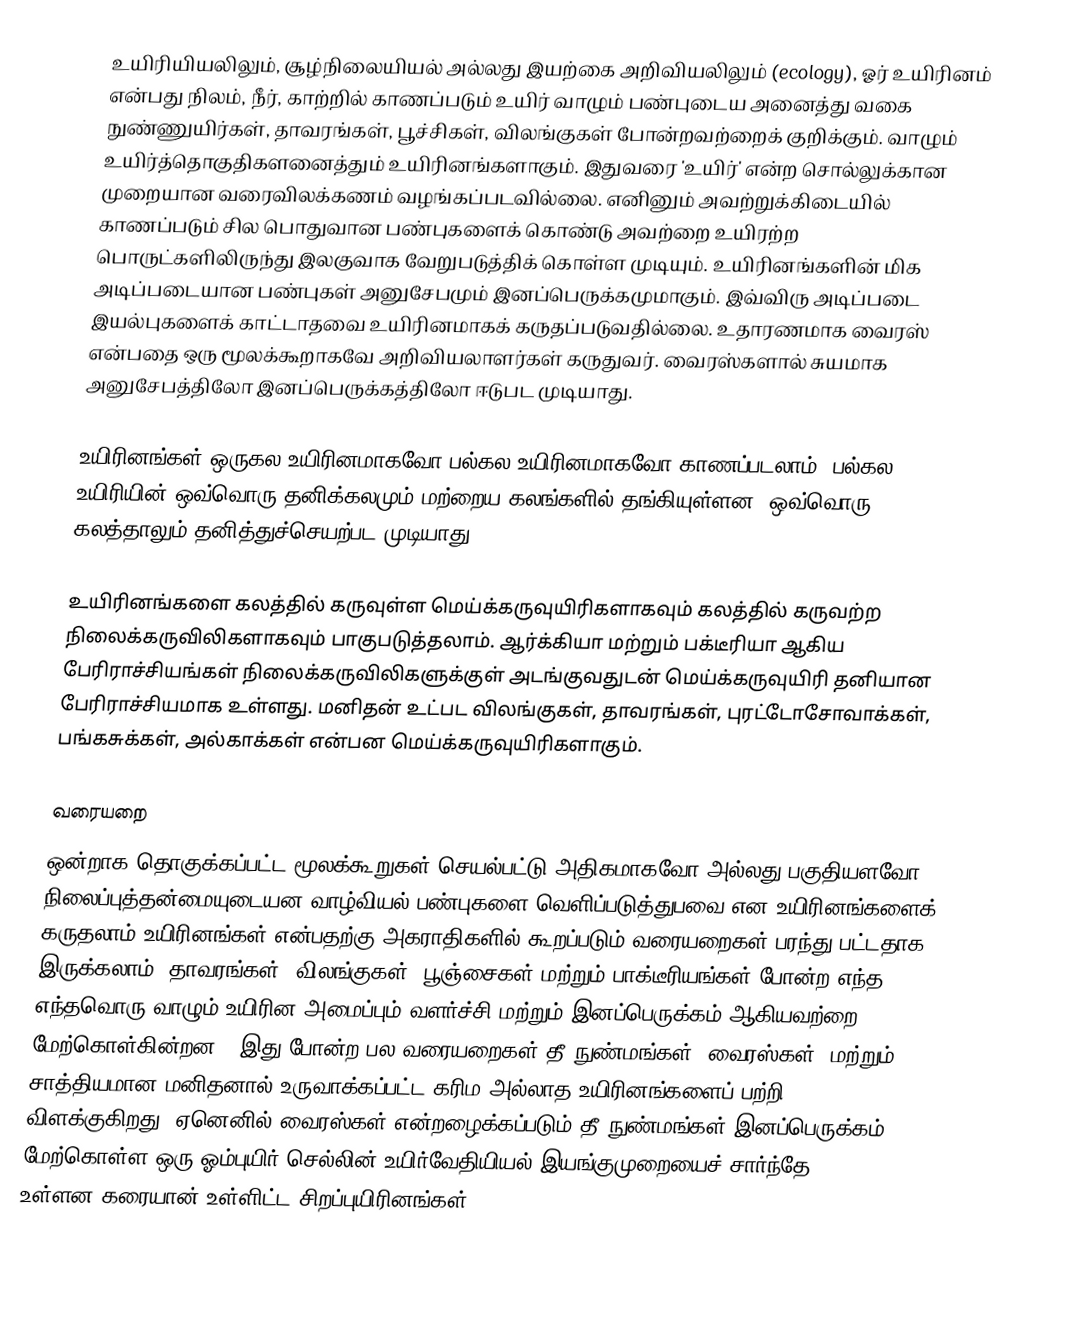
உயிரியியலிலும், சூழ்நிலையியல் அல்லது இயற்கை அறிவியலிலும் (ecology), ஓர் உயிரினம் என்பது நிலம், நீர், காற்றில் காணப்படும் உயிர் வாழும் பண்புடைய அனைத்து வகை நுண்ணுயிர்கள், தாவரங்கள், பூச்சிகள், விலங்குகள் போன்றவற்றைக் குறிக்கும். வாழும் உயிர்த்தொகுதிகளனைத்தும் உயிரினங்களாகும். இதுவரை 'உயிர்' என்ற சொல்லுக்கான முறையான வரைவிலக்கணம் வழங்கப்படவில்லை. எனினும் அவற்றுக்கிடையில் காணப்படும் சில பொதுவான பண்புகளைக் கொண்டு அவற்றை உயிரற்ற பொருட்களிலிருந்து இலகுவாக வேறுபடுத்திக் கொள்ள முடியும். உயிரினங்களின் மிக அடிப்படையான பண்புகள் அனுசேபமும் இனப்பெருக்கமுமாகும். இவ்விரு அடிப்படை இயல்புகளைக் காட்டாதவை உயிரினமாகக் கருதப்படுவதில்லை. உதாரணமாக வைரஸ் என்பதை ஒரு மூலக்கூறாகவே அறிவியலாளர்கள் கருதுவர். வைரஸ்களால் சுயமாக அனுசேபத்திலோ இனப்பெருக்கத்திலோ ஈடுபட முடியாது.

உயிரினங்கள் ஒருகல உயிரினமாகவோ பல்கல உயிரினமாகவோ காணப்படலாம். பல்கல உயிரியின் ஒவ்வொரு தனிக்கலமும் மற்றைய கலங்களில் தங்கியுள்ளன. ஒவ்வொரு கலத்தாலும் தனித்துச்செயற்பட முடியாது.

உயிரினங்களை கலத்தில் கருவுள்ள மெய்க்கருவுயிரிகளாகவும் கலத்தில் கருவற்ற நிலைக்கருவிலிகளாகவும் பாகுபடுத்தலாம். ஆர்க்கியா மற்றும் பக்டீரியா ஆகிய பேரிராச்சியங்கள் நிலைக்கருவிலிகளுக்குள் அடங்குவதுடன் மெய்க்கருவுயிரி தனியான பேரிராச்சியமாக உள்ளது. மனிதன் உட்பட விலங்குகள், தாவரங்கள், புரட்டோசோவாக்கள், பங்கசுக்கள், அல்காக்கள் என்பன மெய்க்கருவுயிரிகளாகும்.

வரையறை
ஒன்றாக தொகுக்கப்பட்ட மூலக்கூறுகள் செயல்பட்டு அதிகமாகவோ அல்லது பகுதியளவோ நிலைப்புத்தன்மையுடையன வாழ்வியல் பண்புகளை வெளிப்படுத்துபவை என உயிரினங்களைக் கருதலாம்.உயிரினங்கள் என்பதற்கு அகராதிகளில் கூறப்படும் வரையறைகள் பரந்து பட்டதாக இருக்கலாம்  “தாவரங்கள், விலங்குகள், பூஞ்சைகள் மற்றும் பாக்டீரியங்கள் போன்ற எந்த எந்தவொரு வாழும் உயிரின அமைப்பும் வளர்ச்சி மற்றும் இனப்பெருக்கம் ஆகியவற்றை மேற்கொள்கின்றன” .இது போன்ற பல வரையறைகள் தீ நுண்மங்கள் (வைரஸ்கள்) மற்றும் சாத்தியமான மனிதனால் உருவாக்கப்பட்ட கரிம அல்லாத உயிரினங்களைப் பற்றி விளக்குகிறது, ஏனெனில் வைரஸ்கள் என்றழைக்கப்படும் தீ நுண்மங்கள் இனப்பெருக்கம் மேற்கொள்ள ஒரு ஓம்புயிர் செல்லின் உயிர்வேதியியல் இயங்குமுறையைச் சார்ந்தே உள்ளன.கரையான் உள்ளிட்ட சிறப்புயிரினங்கள் (super